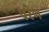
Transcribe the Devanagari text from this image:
परेण